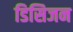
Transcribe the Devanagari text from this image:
डिसिजन